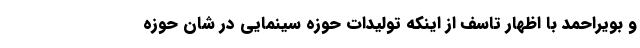
و بویراحمد با اظهار تاسف از اینکه تولیدات حوزه سینمایی در شان حوزه